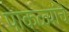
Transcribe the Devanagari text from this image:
पाकळ्यांचे